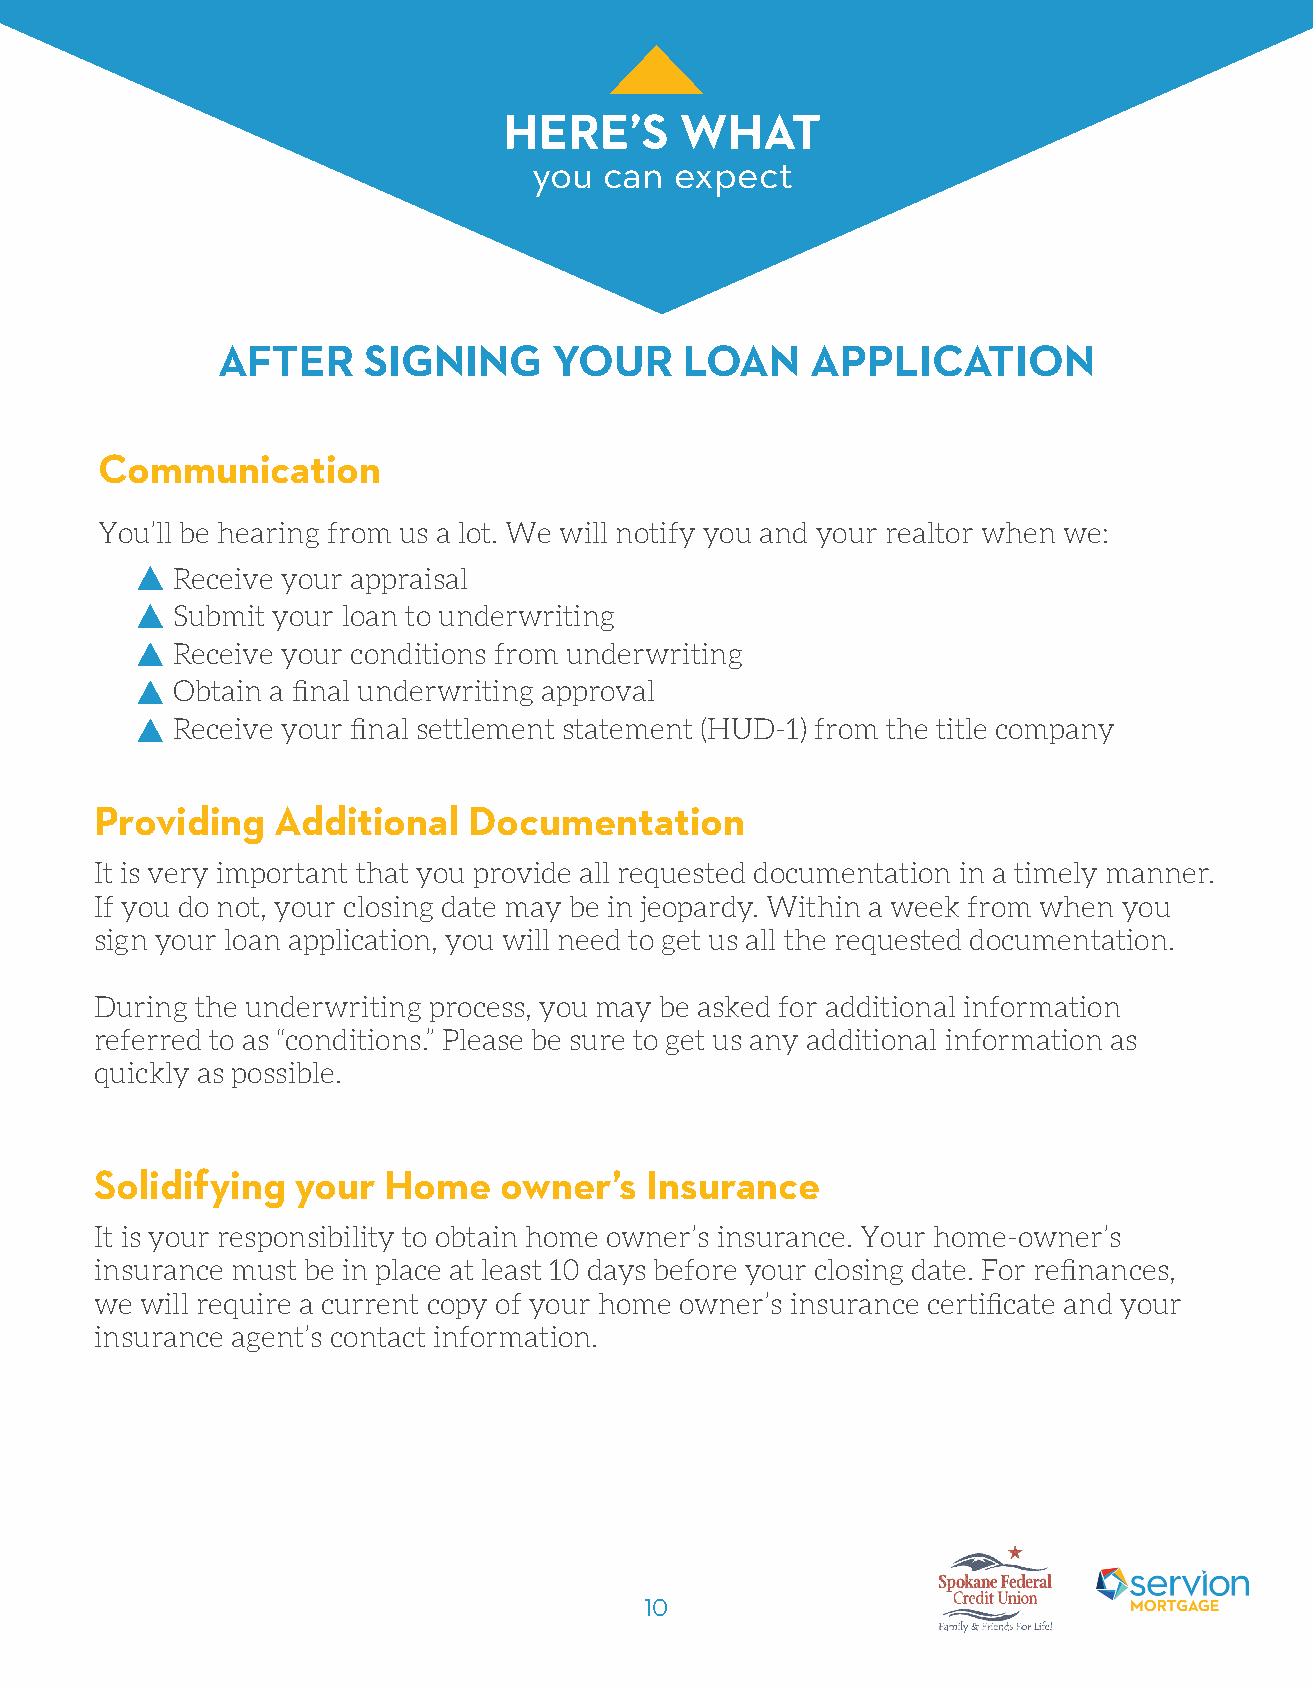
HERE’S      WHAT
 you  can  expect
 AFTER     SIGNING      YOUR    LOAN     APPLICATION
 Communication
 You’ll be hearing from us a lot. We will notify you and your realtor when we:
 Receive your appraisal
 Submit your loan to underwriting
 Receive your conditions from underwriting
 Obtain a final underwriting approval
 Receive your final settlement statement (HUD-1) from the title company
 Providing   Additional   Documentation
 It is very important that you provide all requested documentation in a timely manner.
 If you do not, your closing date may be in jeopardy. Within a week from when you
 sign your loan application, you will need to get us all the requested documentation.
 During the underwriting process, you may be asked for additional information
 referred to as “conditions.” Please be sure to get us any additional information as
 quickly as possible.
 Solidifying   your Home    owner’s   Insurance
 It is your responsibility to obtain home owner’s insurance. Your home-owner’s
 insurance must be in place at least 10 days before your closing date. For refinances,
 we will require a current copy of your home owner’s insurance certificate and your
 insurance agent’s contact information.
 10